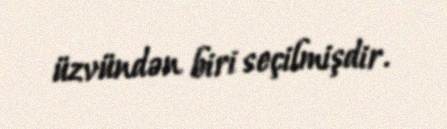
üzvündən biri seçilmişdir.